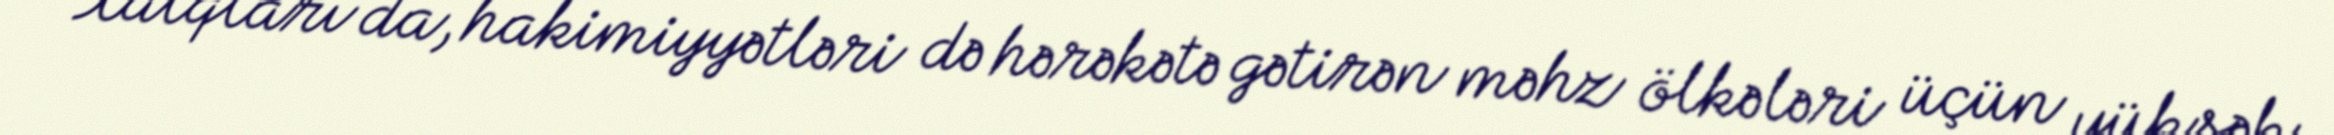
Xalqları da, hakimiyyətləri də hərəkətə gətirən məhz ölkələri üçün yüksək